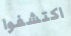
اكتشفوا